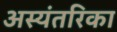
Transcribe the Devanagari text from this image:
अस्यंतरिका